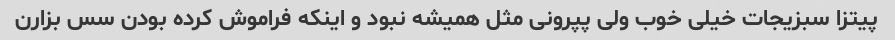
پیتزا سبزیجات خیلی خوب ولی پپرونی مثل همیشه نبود و اینکه فراموش کرده بودن سس بزارن